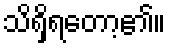
သိရှိရတော့၏။